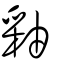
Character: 釉